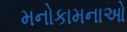
મનોકામનાઓ